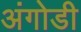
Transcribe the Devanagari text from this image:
अंगोडी